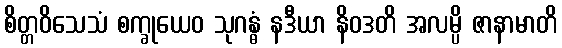
စိတ္တဝိသေသံ စက္ခုယေဝ သုဂန္ဓံ နဒီယာ နိဝဒတိ အလမ္ပိ ဇာနာမာတိ